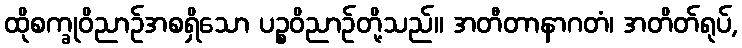
ထိုစက္ခုဝိညာဉ်အစရှိသော ပဉ္စဝိညာဉ်တို့သည်။ အတီတာနာဂတံ၊ အတိတ်ရုပ်,